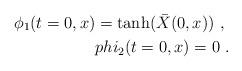
LaTeX: \begin{align*}\phi_1 (t=0,x) = \tanh ({\bar X}(0,x)) \ , \ \\phi_2 (t=0,x) = 0 \ .\end{align*}